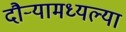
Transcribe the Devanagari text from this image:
दौर्‍यामध्यल्या